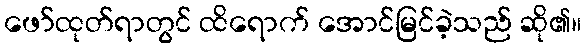
ဖော်ထုတ်ရာတွင် ထိရောက် အောင်မြင်ခဲ့သည် ဆို၏။